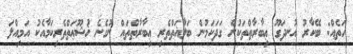
ހަތެއް: ބޭކާރު އުނދަގޫ ޢިބާރާތްތަކުން ގަދަކަމުން ބަލާޣަތްތެރި ޢިބާރާތްތައް ނުގެނެ ޚުޝޫޢަތްތެރިކަމާއެކު އަމިއްލަ